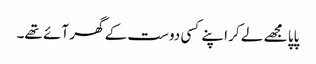
پاپا مجھے لے کر اپنے کسی دوست کے گھر آئے تھے۔